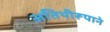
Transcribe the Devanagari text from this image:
अतिथीरूपाने